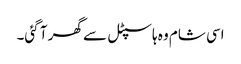
اسی شام وہ ہاسپٹل سے گھر آ گئی۔